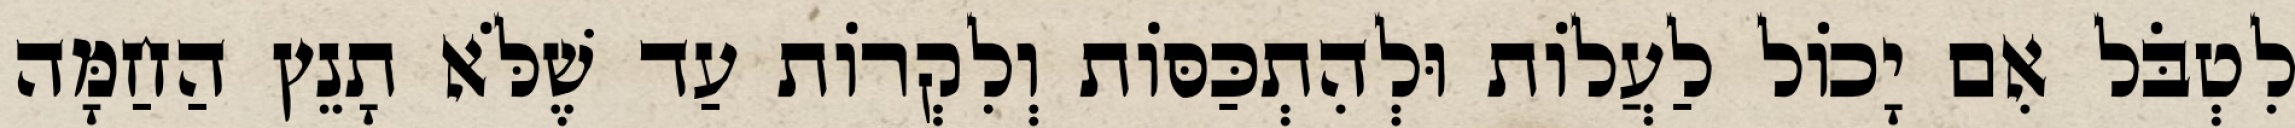
לִטְבֹּל אִם יָכוֹל לַעֲלוֹת וּלְהִתְכַּסּוֹת וְלִקְרוֹת עַד שֶׁלֹּא תָנֵץ הַחַמָּה